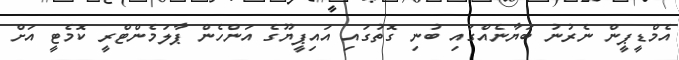
އެމްޑީޕީން ނެރުނު ބަޔާނެއްގައި ބުނި ގޮތުގައި އައިޕީޔޫގެ އަންހެން ޕާލަމެންޓްރީ ކޮމެޓީ އަށް